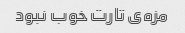
مزه‌ی تارت خوب نبود